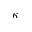
\kappa